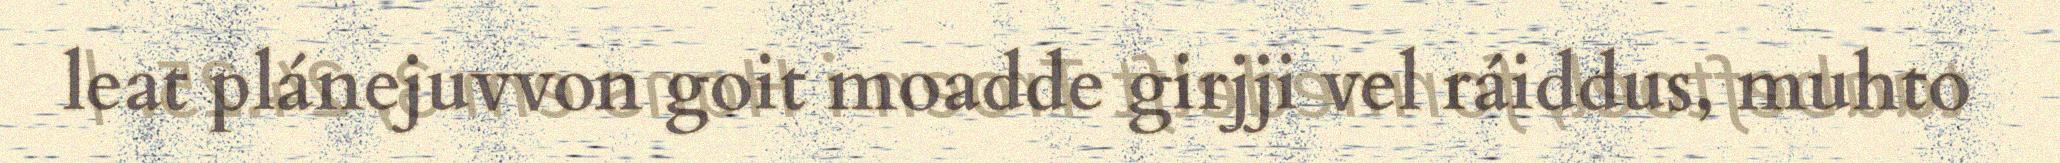
leat plánejuvvon goit moadde girjji vel ráiddus, muhto